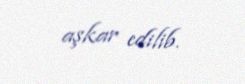
aşkar edilib.